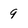
Character: 9